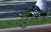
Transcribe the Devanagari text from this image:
हुंबरे